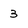
Character: 3